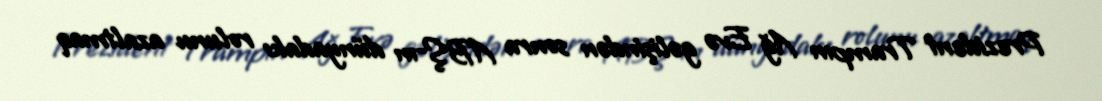
Prezident Trampın Ağ Evə gəlişindən sonra ABŞ-ın dünyadakı rolunu azaltmaq